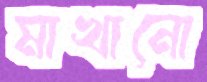
মাখানো